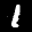
Label: 1